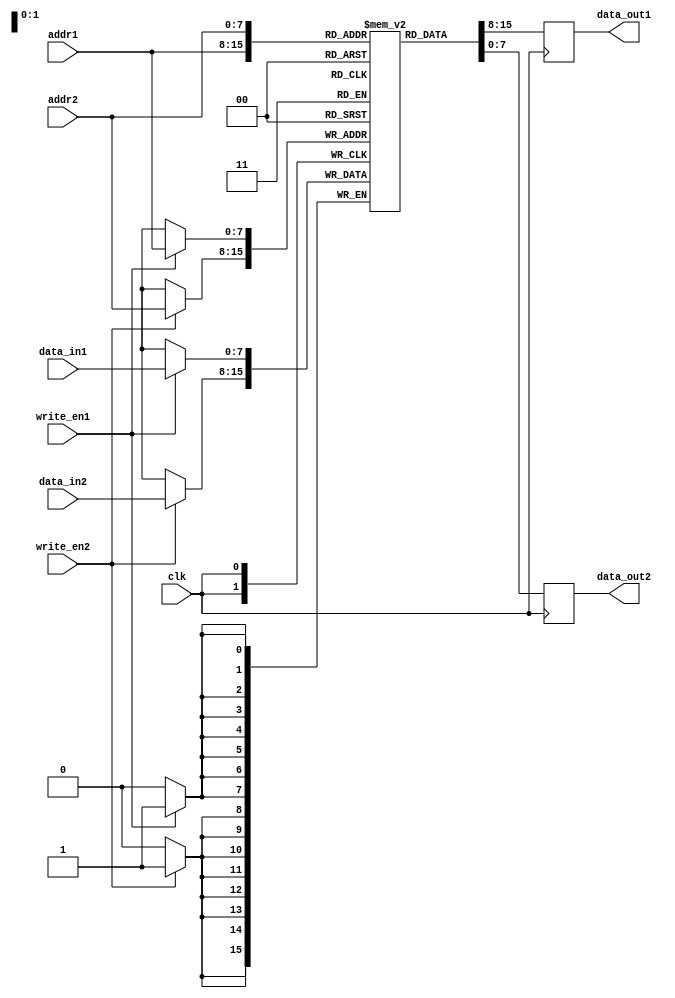
module dual_port_ram (
    input wire clk,
    input wire [7:0] addr1,
    input wire [7:0] addr2,
    input wire [7:0] data_in1,
    input wire [7:0] data_in2,
    input wire write_en1,
    input wire write_en2,
    output reg [7:0] data_out1,
    output reg [7:0] data_out2
);

reg [7:0] memory [0:255];

always @(posedge clk) begin
    if(write_en1)
        memory[addr1] <= data_in1;
    if(write_en2)
        memory[addr2] <= data_in2;
    
    data_out1 <= memory[addr1];
    data_out2 <= memory[addr2];
end

endmodule